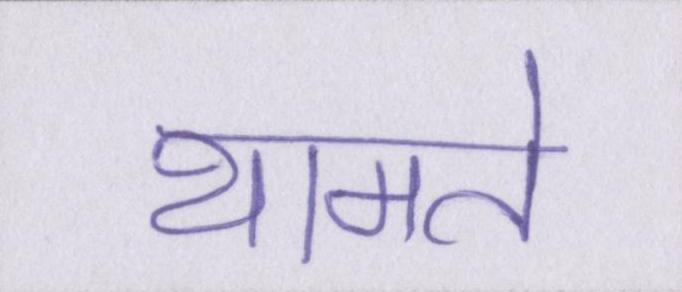
थामते